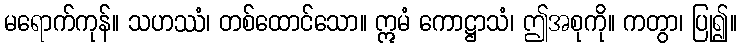
မရောက်ကုန်။ သဟဿံ၊ တစ်ထောင်သော။ ဣမံ ကောဋ္ဌာသံ၊ ဤအစုကို။ ကတွာ၊ ပြု၍။